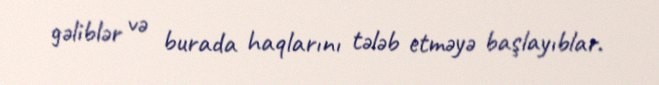
gəliblər və burada haqlarını tələb etməyə başlayıblar.